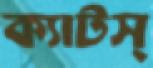
ক্যাটস্